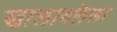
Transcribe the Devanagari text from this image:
खालावलेला